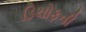
ડિચોફની